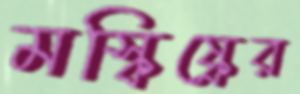
মস্কিষ্কের